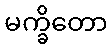
မက္ခိတော